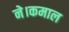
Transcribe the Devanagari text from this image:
ने।कमाल